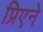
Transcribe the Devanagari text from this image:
प्रिएने